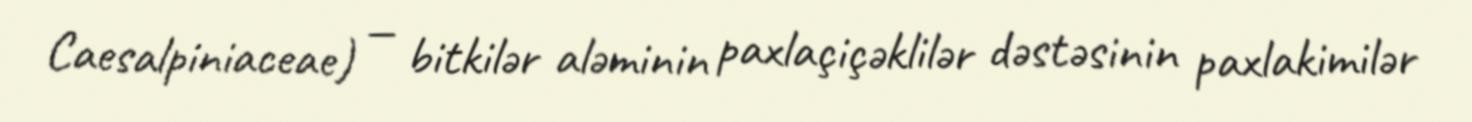
Caesalpiniaceae) — bitkilər aləminin paxlaçiçəklilər dəstəsinin paxlakimilər